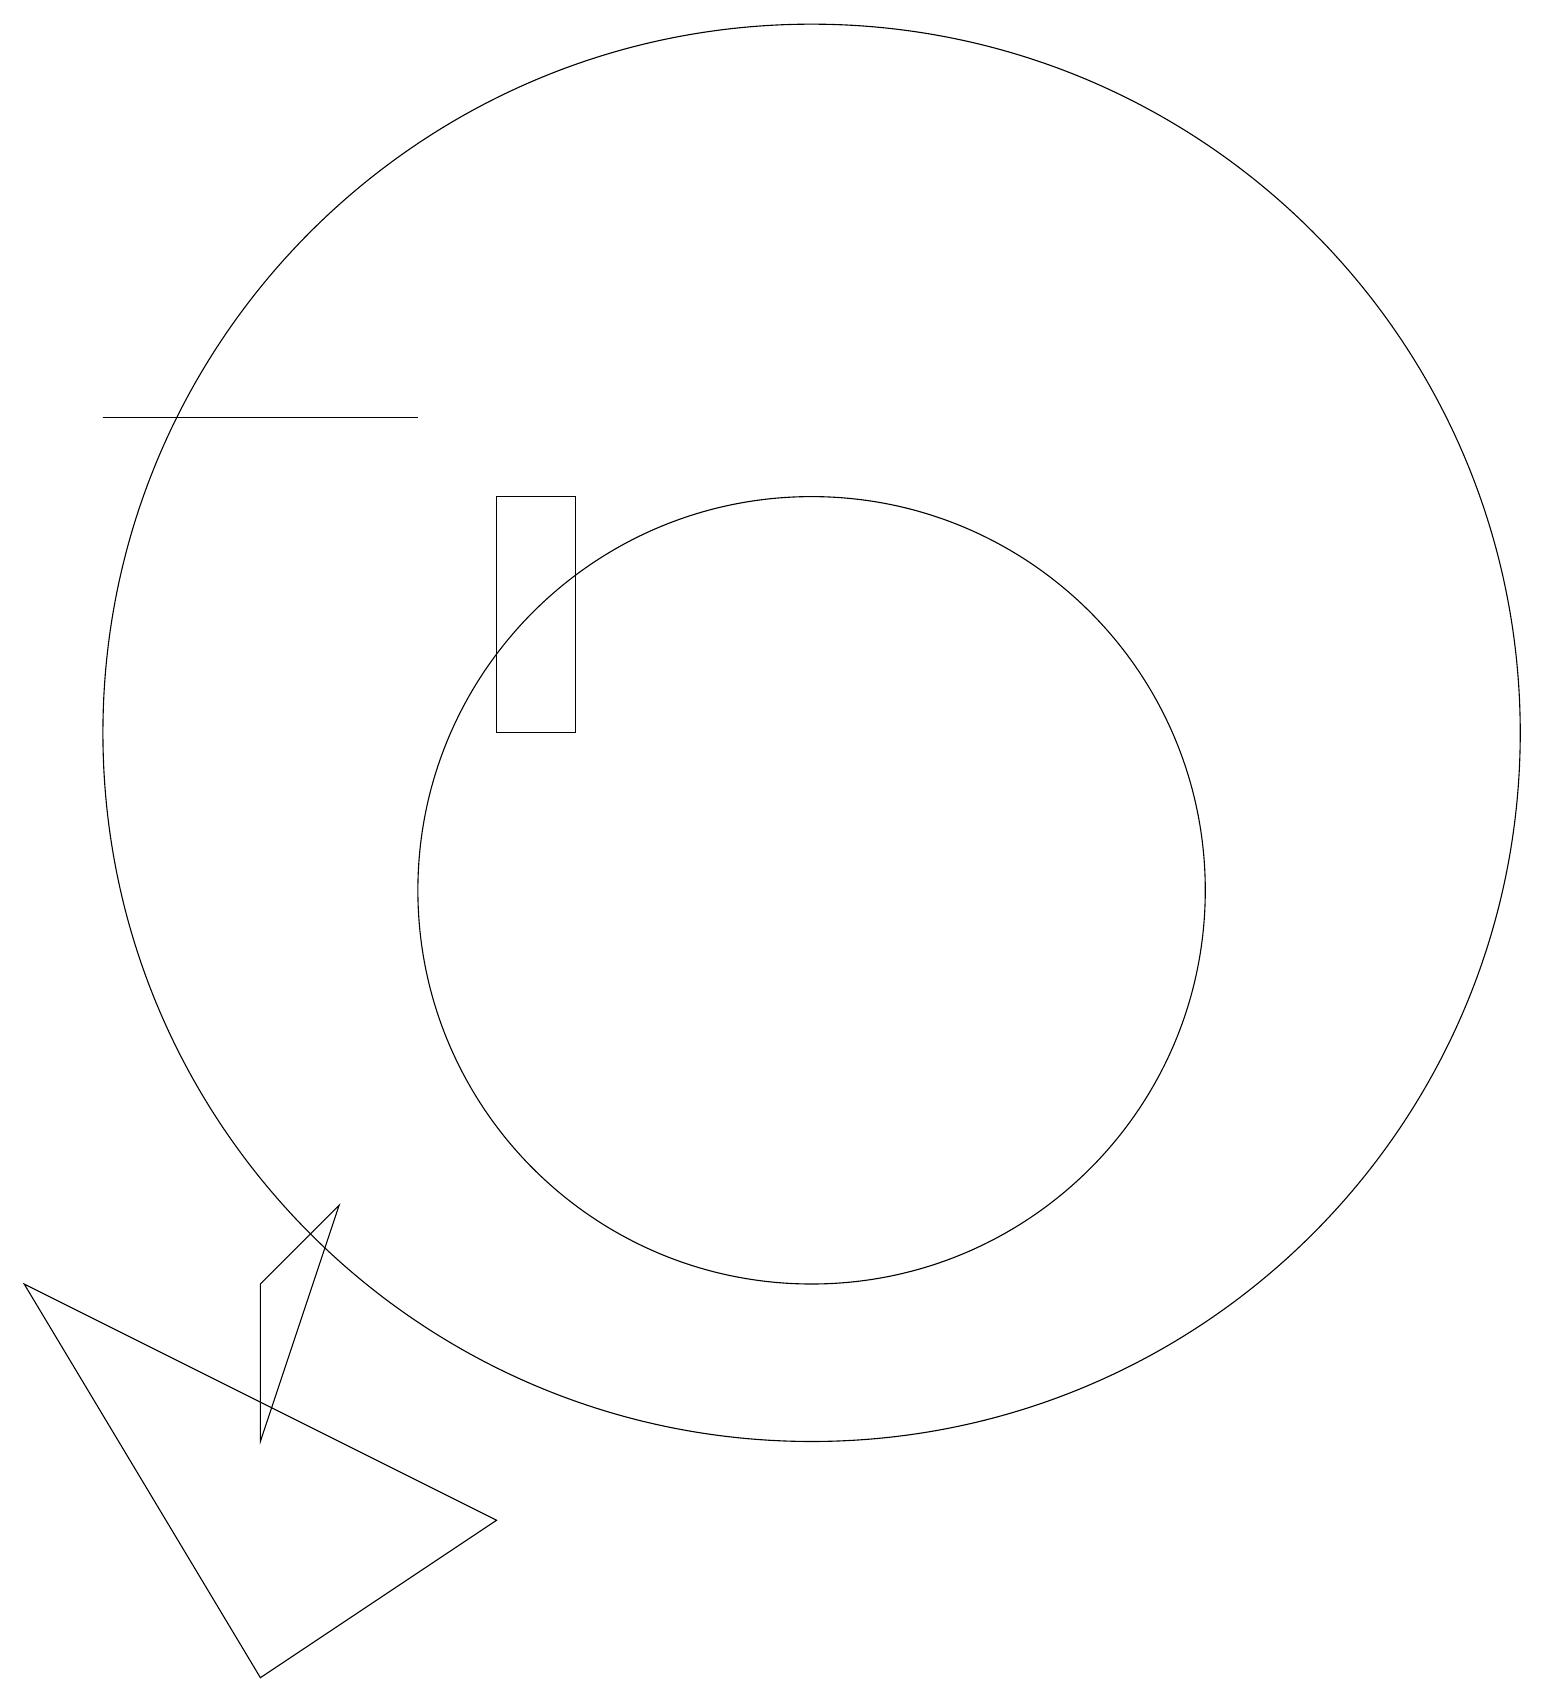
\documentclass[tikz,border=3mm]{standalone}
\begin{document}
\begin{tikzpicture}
\draw (0,5) -- (6,2) -- (3,0) -- cycle;
\draw (10,10) circle (5);
\draw (5,16) rectangle (1,16);
\draw (10,12) circle (9);
\draw (7,15) rectangle (6,12);
\draw (3,3) -- (4,6) -- (3,5) -- cycle;
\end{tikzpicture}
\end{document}